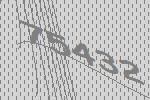
75432